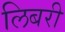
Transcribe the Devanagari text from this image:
लिबरी